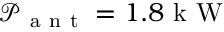
\mathcal { P } _ { \mathrm { ~ a ~ n ~ t ~ } } = 1 . 8 \mathrm { ~ k ~ W ~ }